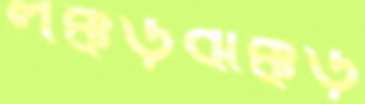
লক্কড়ঝক্কড়